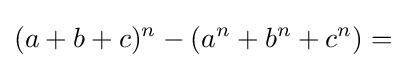
(a+b+c)^{n}-(a^{n}+b^{n}+c^{n})=